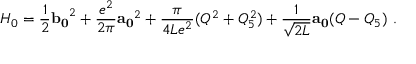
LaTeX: H _ { 0 } = \frac { 1 } { 2 } { \bf b _ { 0 } } ^ { 2 } + \frac { e ^ { 2 } } { 2 \pi } { \bf a _ { 0 } } ^ { 2 } + \frac { \pi } { 4 L e ^ { 2 } } ( Q ^ { 2 } + Q _ { 5 } ^ { 2 } ) + \frac { 1 } { \sqrt { 2 L } } { \bf a _ { 0 } } ( Q - Q _ { 5 } ) \ .